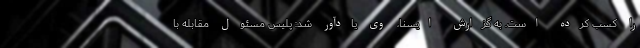
را کسب کرده است. به گزارش ایسنا، وی یادآور شد: پلیس مسئول مقابله با